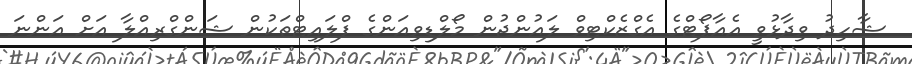
ޝާހިދު ވިދާޅުވީ އެއާޕޯޓްގެ އެގްޒެކްޓިވް ލައުންޖުން މޯލްޑިވިއަންގެ ފްލައިޓްތަކުން ޝަންގްރިއްލާ އަށް އަންނަ